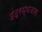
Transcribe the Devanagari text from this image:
इंद्रध्वजास